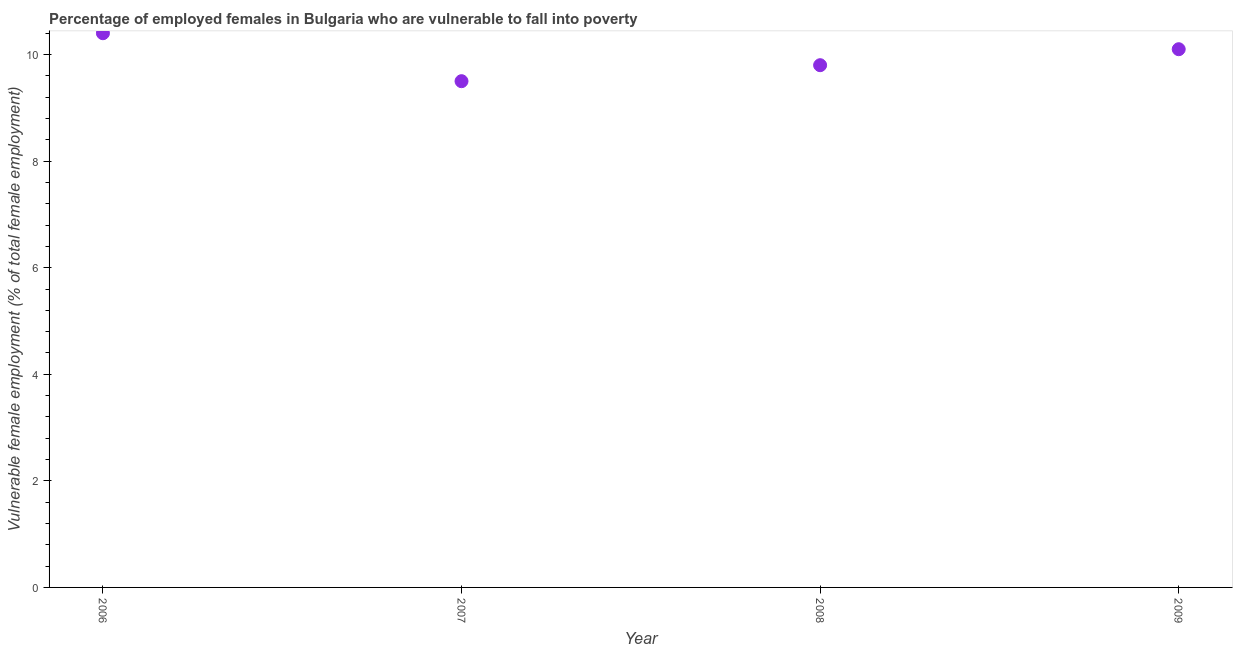
| Year | Percentage of employed females who are vulnerable to fall into poverty |
 | --- | --- |
 | 2006 | 10.4 |
 | 2007 | 9.5 |
 | 2008 | 9.8 |
 | 2009 | 10.1 |